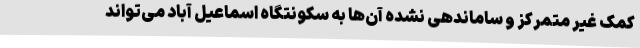
کمک غیر متمرکز و ساماندهی نشده آن‌ها به سکونتگاه اسماعیل آباد می‌تواند